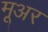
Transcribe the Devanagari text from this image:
मूअर